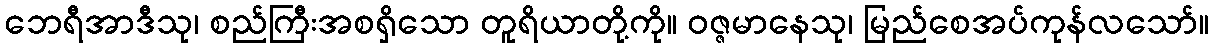
ဘေရီအာဒီသု၊ စည်ကြီးအစရှိသော တူရိယာတို့ကို။ ဝဇ္ဇမာနေသု၊ မြည်စေအပ်ကုန်လသော်။